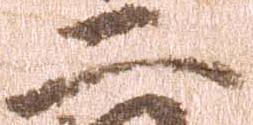
二